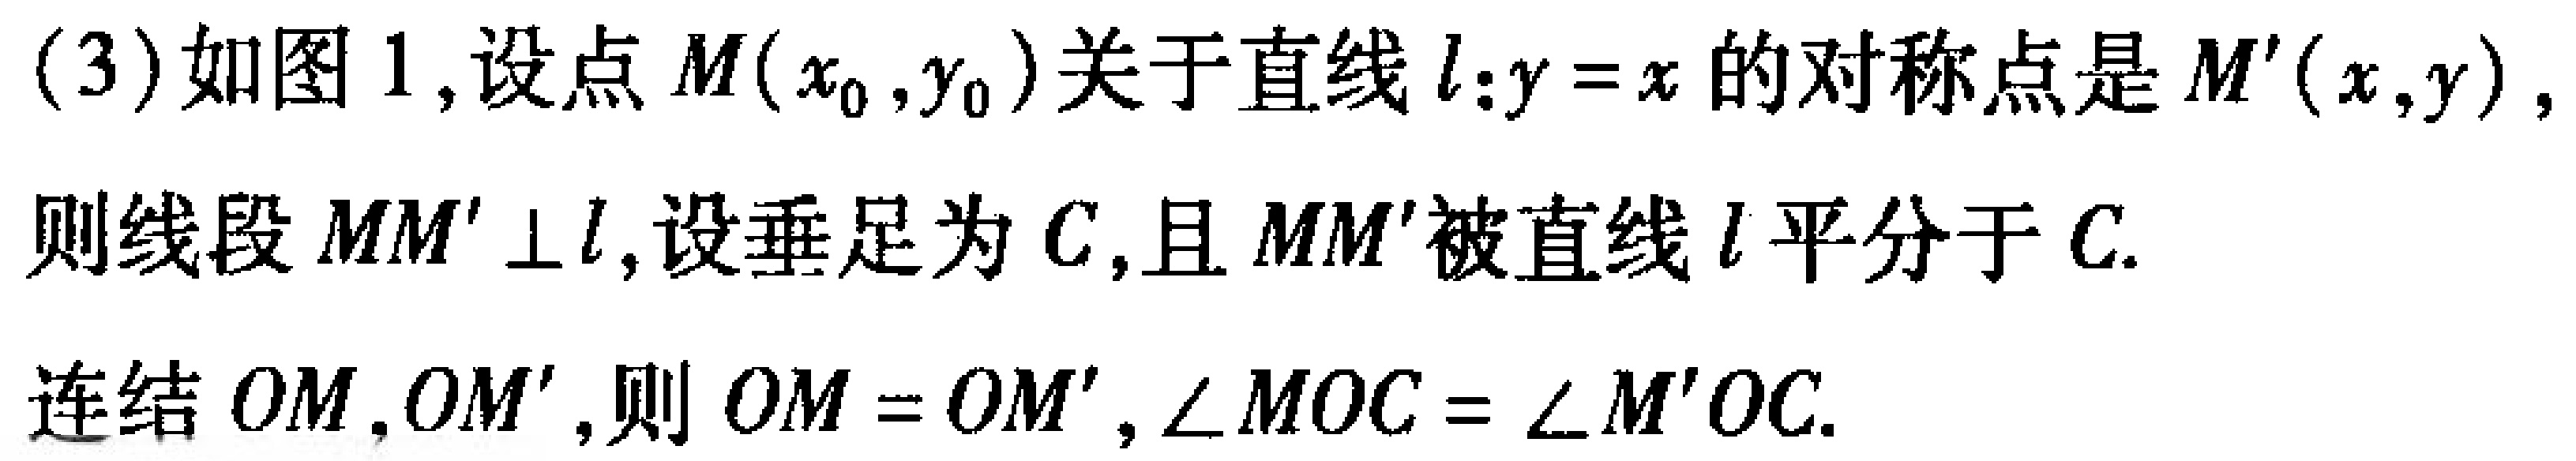
(3)如图1,设点\(M(x_{0},y_{0})\)关于直线\(l:y = x\)的对称点是\(M'(x,y)\),则线段\(MM'\perp l\),设垂足为\(C\),且\(MM'\)被直线\(l\)平分于\(C\).
连结\(OM,OM'\),则\(OM = OM'\),\(\angle MOC=\angle M'OC\).